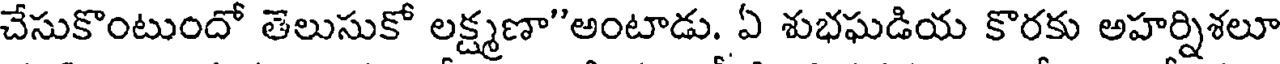
చేసుకొంటుందో తెలుసుకో లక్ష్మణా"అంటాడు. ఏ శుభఘడియ కొరకు అహర్నిశలూ